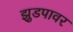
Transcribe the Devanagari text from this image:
झुडपावर